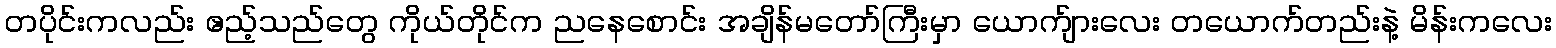
တပိုင်းကလည်း ဧည့်သည်တွေ ကိုယ်တိုင်က ညနေစောင်း အချိန်မတော်ကြီးမှာ ယောက်ျားလေး တယောက်တည်းနဲ့ မိန်းကလေး